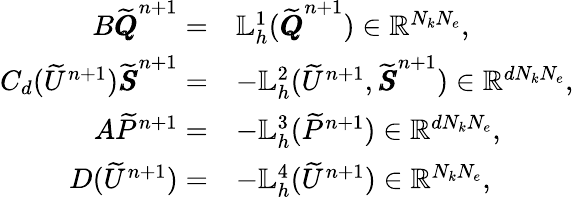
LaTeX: \begin{array}{rl}{B\widetilde{\pmb{Q}}^{n+1}=}&{\mathbb{L}_{h}^{1}(\widetilde{\pmb{Q}}^{n+1})\in\mathbb{R}^{N_{k}N_{e}},}\\ {C_{d}(\widetilde{U}^{n+1})\widetilde{\pmb{S}}^{n+1}=}&{-\mathbb{L}_{h}^{2}(\widetilde{U}^{n+1},\widetilde{\pmb{S}}^{n+1})\in\mathbb{R}^{dN_{k}N_{e}},}\\ {A\widetilde{P}^{n+1}=}&{-\mathbb{L}_{h}^{3}(\widetilde{P}^{n+1})\in\mathbb{R}^{dN_{k}N_{e}},}\\ {D(\widetilde{U}^{n+1})=}&{-\mathbb{L}_{h}^{4}(\widetilde{U}^{n+1})\in\mathbb{R}^{N_{k}N_{e}},}\end{array}